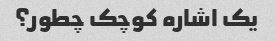
یک اشاره کوچک چطور؟